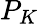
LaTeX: P_{K}